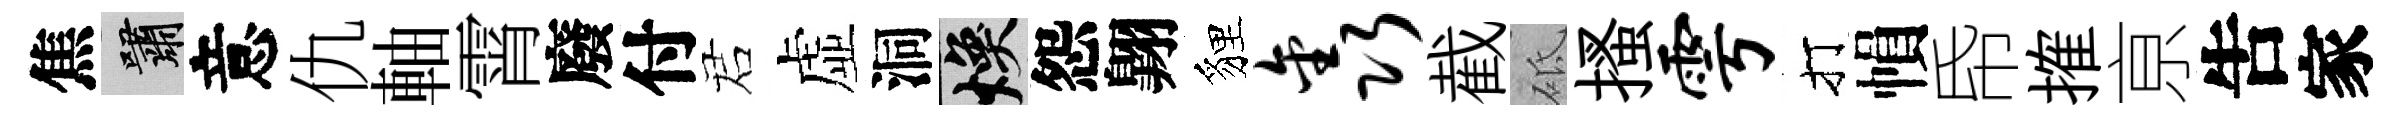
焦嘯意仇軸霄廢付诺虚洞焕怨翺貍鑫截砥搔雩打𢄙帋搉亰吿家